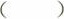
()